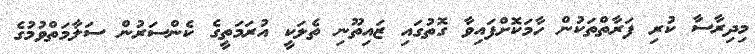
މިދިރާސާ ކުރި ފަރާތްތަކުން ހާމަކޮށްފައިވާ ގޮތުގައި ޒައިތޫނި ތެލަކީ އުރަމަތީގެ ކެންސަރުން ސަލާމަތްވުމުގެ